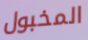
المخبول